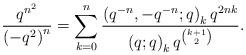
LaTeX: \begin{align*}\frac{q^{n^{2}}}{\left(-q^{2}\right)^{n}}=\sum_{k=0}^{n}\frac{\left(q^{-n},-q^{-n};q\right)_{k}q^{2nk}}{\left(q;q\right)_{k}q^{\binom{k+1}{2}}}.\end{align*}